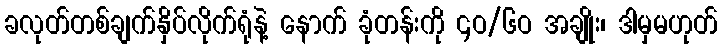
ခလုတ်တစ်ချက်နှိပ်လိုက်ရုံနဲ့ နောက် ခုံတန်းကို ၄ဝ/၆ဝ အချိုး၊ ဒါမှမဟုတ်